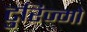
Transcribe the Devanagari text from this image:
टुरिज्मो